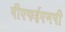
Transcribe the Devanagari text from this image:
पीएफईएमपी